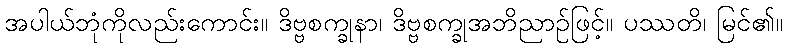
အပါယ်ဘုံကိုလည်းကောင်း။ ဒိဗ္ဗစက္ခုနာ၊ ဒိဗ္ဗစက္ခုအဘိညာဉ်ဖြင့်။ ပဿတိ၊ မြင်၏။